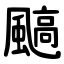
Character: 䬘